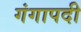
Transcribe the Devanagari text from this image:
गंगापदी